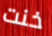
خنت